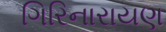
ગિરિનારાયણ